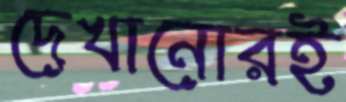
দেখানোরই